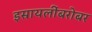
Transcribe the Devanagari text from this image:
इस्रायलींबरोबर